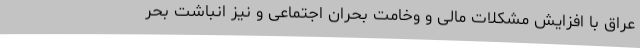
عراق با افزایش مشکلات مالی و وخامت بحران اجتماعی و نیز انباشت بحر